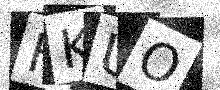
Text: FKUO